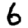
Digit: 6